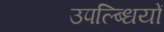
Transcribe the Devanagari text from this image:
उपल्ब्धियों